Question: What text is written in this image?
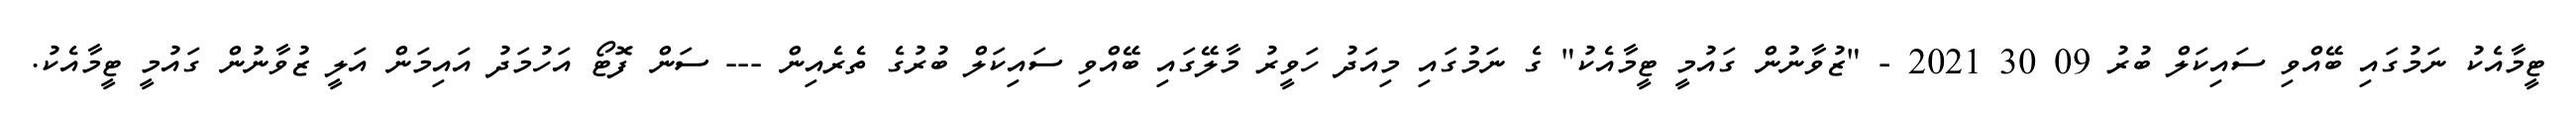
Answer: ޓީމާއެކު ނަމުގައި ބޭއްވި ސައިކަލް ބުރު 09 30 2021 - "ޒުވާނުން ގައުމީ ޓީމާއެކު" ގެ ނަމުގައި މިއަދު ހަވީރު މާލޭގައި ބޭއްވި ސައިކަލް ބުރުގެ ތެރެއިން --- ސަން ފޮޓޯ އަހުމަދު އައިމަން އަލީ ޒުވާނުން ގައުމީ ޓީމާއެކު.